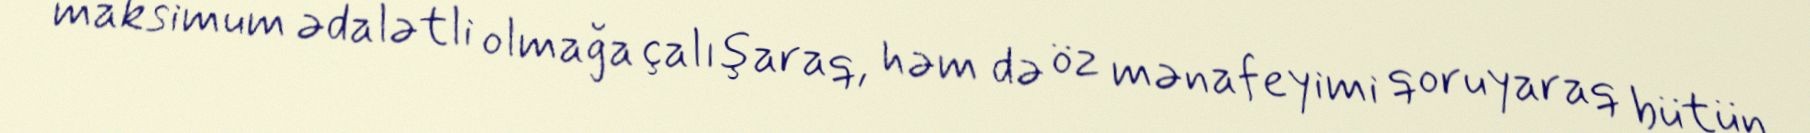
maksimum ədalətli olmağa çalışaraq, həm də öz mənafeyimi qoruyaraq bütün